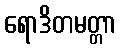
ရောဒိတမတ္တာ